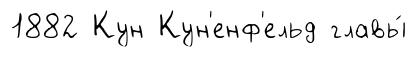
1882 Кун Кун'енф'ельд главы́